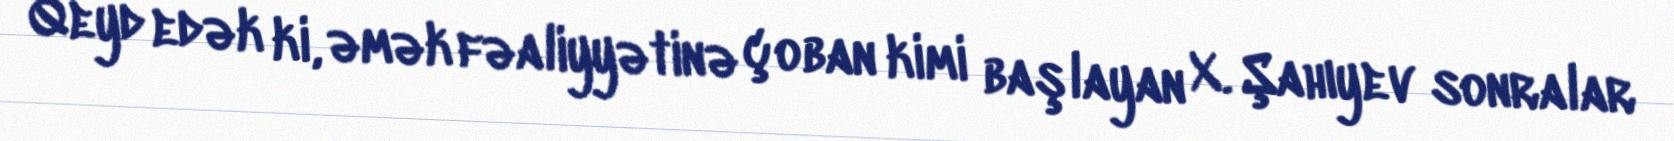
Qeyd edək ki, əmək fəaliyyətinə çoban kimi başlayan X. Şahıyev sonralar